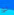
لو